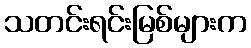
သတင်းရင်းမြစ်များက